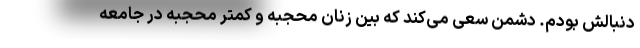
دنبالش بودم. دشمن سعی می‌کند که بین زنان محجبه و کمتر محجبه در جامعه